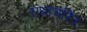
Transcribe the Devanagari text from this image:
राधाचरित